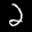
Label: 2